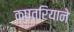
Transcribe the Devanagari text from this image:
क्षत्रियाने